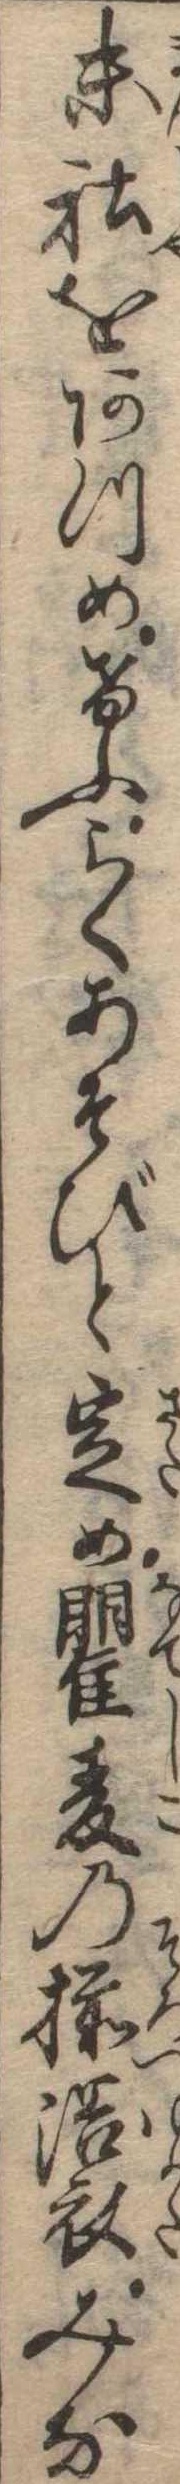
末社をあつめけふらくあそびと定め瞿麦の揃浴衣みな